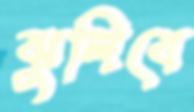
ঝুলিবে